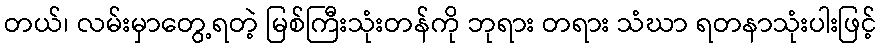
တယ်၊ လမ်းမှာတွေ့ရတဲ့ မြစ်ကြီးသုံးတန်ကို ဘုရား တရား သံဃာ ရတနာသုံးပါးဖြင့်